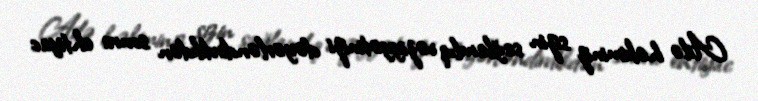
Ailə həkiminiz sizin sağlamlıq vəziyyətinizi dəyərləndirdikdən sonra ehtiyac